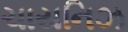
ચાયનિઝ